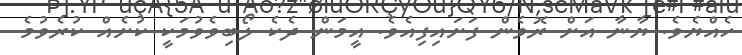
ހެއްޔެވެ. ޔާނާ އަށް ރޮވެން ފަށައިފިއެވެ. އީމަން ދެކެ ލޯބިވެވުމަކީ ކުށެއް ކުރެވުމެ